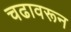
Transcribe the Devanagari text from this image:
चढावरून